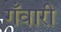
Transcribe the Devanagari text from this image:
गँवारी